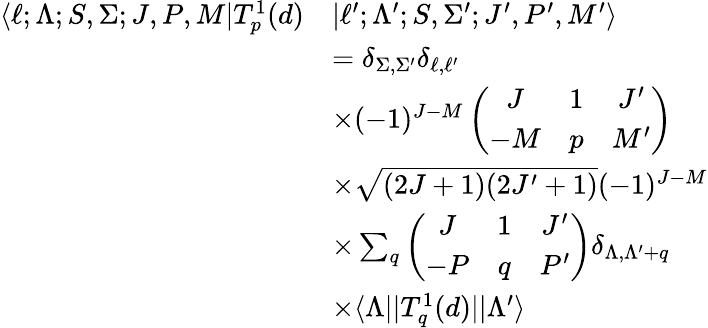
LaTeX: \begin{array}{rl}{\langle\ell;\Lambda;S,\Sigma;J,P,M|T_{p}^{1}(d)}&{|\ell^{\prime};\Lambda^{\prime};S,\Sigma^{\prime};J^{\prime},P^{\prime},M^{\prime}\rangle}\\ &{=\delta_{\Sigma,\Sigma^{\prime}}\delta_{\ell,\ell^{\prime}}}\\ &{\times(-1)^{J-M}\left(\begin{array}{ccc}{J}&{1}&{J^{\prime}}\\ {-M}&{p}&{M^{\prime}}\end{array}\right)}\\ &{\times\sqrt{(2J+1)(2J^{\prime}+1)}(-1)^{J-M}}\\ &{\times\sum_{q}\left(\begin{array}{ccc}{J}&{1}&{J^{\prime}}\\ {-P}&{q}&{P^{\prime}}\end{array}\right)\delta_{\Lambda,\Lambda^{\prime}+q}}\\ &{\times\langle\Lambda||T_{q}^{1}(d)||\Lambda^{\prime}\rangle}\end{array}